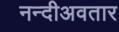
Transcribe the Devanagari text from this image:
नन्दीअवतार